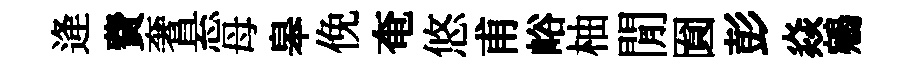
逄費奢悬母皋俛奄悠甫峪柚閒圎彭焱鵷